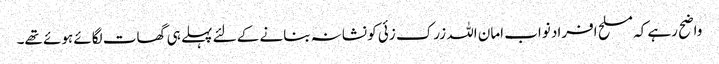
واضح رہے کہ مسلح افراد نواب امان اللہ زرک زئی کو نشانہ بنانے کے لئے پہلے ہی گھات لگائے ہوئے تھے۔